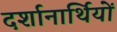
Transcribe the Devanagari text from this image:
दर्शानार्थियों